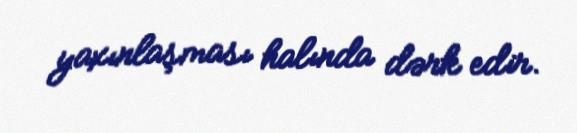
yaxınlaşması halında dərk edir.